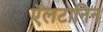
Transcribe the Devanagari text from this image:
ऍलटानिन